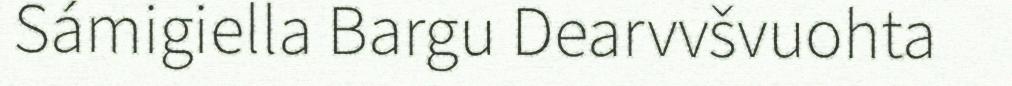
Sámigiella Bargu Dearvvšvuohta